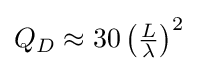
{\textstyle Q_{D}\approx 30\left({\frac {L}{\lambda }}\right)^{2}}